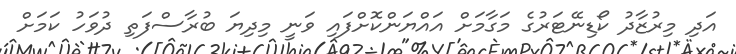
އަދި މިރުޒާދު ކޯޑިނޭޓަރުގެ މަގާމަށް އައްޔަންކޮށްފައި ވަނީ މިދިޔަ ބުރާސްފަތި ދުވަހު ކަމަށް